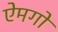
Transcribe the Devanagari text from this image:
ऐमगों